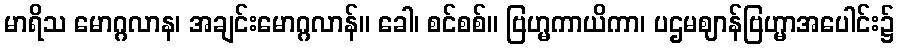
မာရိသ မောဂ္ဂလာန၊ အချင်းမောဂ္ဂလာန်။ ခေါ၊ စင်စစ်။ ဗြဟ္မကာယိကာ၊ ပဌမဈာန်ဗြဟ္မာအပေါင်း၌